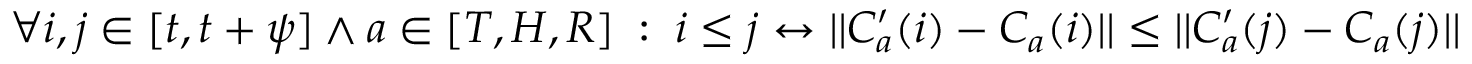
\forall i , j \in [ t , t + \psi ] \wedge a \in [ T , H , R ] \; : \; i \leq j \leftrightarrow | | C _ { a } ^ { \prime } ( i ) - C _ { a } ( i ) | | \leq | | C _ { a } ^ { \prime } ( j ) - C _ { a } ( j ) | |